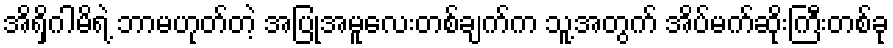
အိရှိဂါမိရဲ့ ဘာမဟုတ်တဲ့ အပြုအမူလေးတစ်ချက်က သူ့အတွက် အိပ်မက်ဆိုးကြီးတစ်ခု